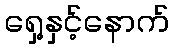
ရှေ့နှင့်နောက်